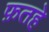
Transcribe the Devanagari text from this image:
फ़तहे